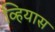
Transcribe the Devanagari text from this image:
व्हियास